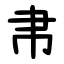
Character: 帇